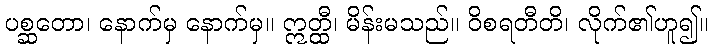
ပစ္ဆတော၊ နောက်မှ နောက်မှ။ ဣတ္ထီ၊ မိန်းမသည်။ ဝိစရတီတိ၊ လိုက်၏ဟူ၍။